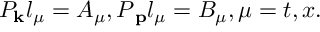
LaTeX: P _ { { \bf k } } l _ { \mu } = A _ { \mu } , P { \bf _ p } l _ { \mu } = B _ { \mu } , \mu = t , x .